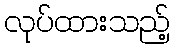
လုပ်ထားသည့်